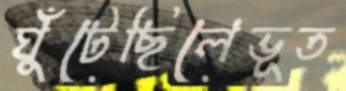
ঘুঁটেছিলেভূত